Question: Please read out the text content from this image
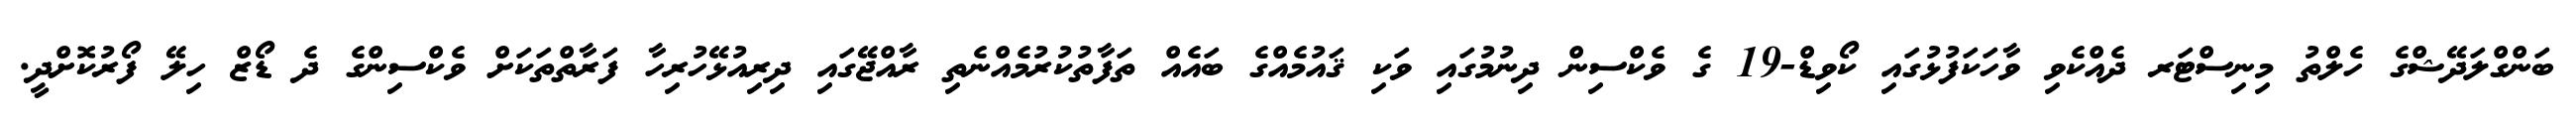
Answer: ބަންގްލަދޭޝްގެ ހެލްތު މިނިސްޓަރ ދެއްކެވި ވާހަކަފުޅުގައި ކޯވިޑް-19 ގެ ވެކްސިން ދިނުމުގައި ވަކި ޤައުމެއްގެ ބައެއް ތަފާތުކުރުމެއްނެތި ރާއްޖޭގައި ދިރިއުޅޭހުރިހާ ފަރާތްތަކަށް ވެކްސިންގެ ދެ ޑޯޒް ހިލޭ ފޯރުކޮށްދީ.